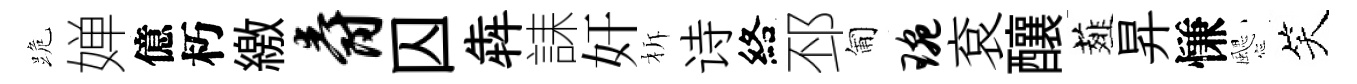
跪婵億朽繳爵囚犇誄奸柝诗絡邳匍琬袞釀薤昇慊颸笑